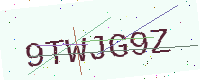
Text: 9TWJG9Z